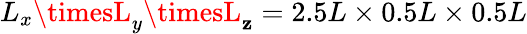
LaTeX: L_{x}\timesL_{y}\timesL_{\mathbf{z}}=2.5L\times0.5L\times0.5L